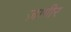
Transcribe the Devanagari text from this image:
ज़ागीर